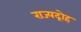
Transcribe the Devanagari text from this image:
राज्यद्रोह